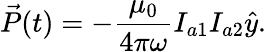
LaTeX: \vec{P}(t)=-\frac{\mu_{0}}{4\pi\omega}I_{a1}I_{a2}\hat{y}.